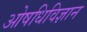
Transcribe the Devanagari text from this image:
ओषधिविज्ञान